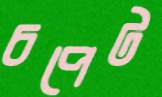
চপেট